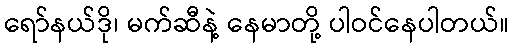
ရော်နယ်ဒို၊ မက်ဆီနဲ့ နေမာတို့ ပါဝင်နေပါတယ်။